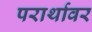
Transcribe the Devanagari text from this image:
परार्थावर